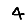
Digit: 4